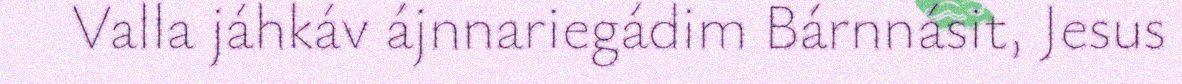
Valla jáhkáv ájnnariegádim Bárnnásit, Jesus